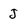
Character: J